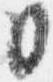
日